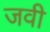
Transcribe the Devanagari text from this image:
जवी